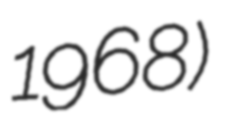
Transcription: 1968)